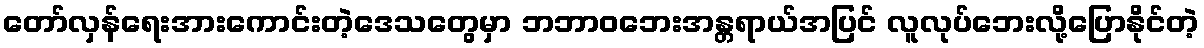
တော်လှန်ရေးအားကောင်းတဲ့ဒေသတွေမှာ ဘဘာဝဘေးအန္တရာယ်အပြင် လူလုပ်ဘေးလို့ပြောနိုင်တဲ့